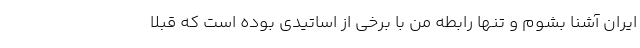
ایران آشنا بشوم و تنها رابطه من با برخی از اساتیدی بوده است که قبلا